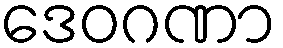
ဒေဝဂဏာ